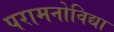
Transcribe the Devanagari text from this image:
परामनोविद्या